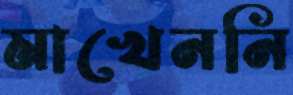
মাখেননি